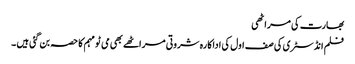
بھارت کی مراٹھی
فلم انڈسٹری کی صف اول کی اداکارہ شروتی مراٹھے بھی می ٹو مہم کا حصہ بن گئی ہیں ۔